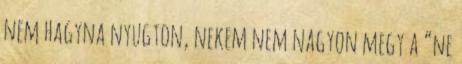
nem hagyna nyugton, nekem nem nagyon megy a “ne